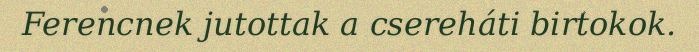
Ferencnek jutottak a csereháti birtokok.